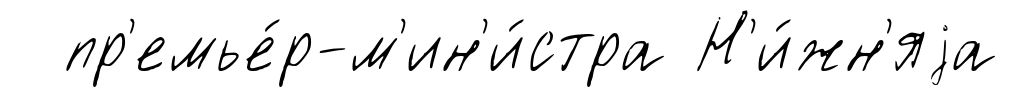
пр'емье́р-м'ин'и́стра Н'и́жн'яjа